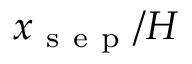
x _ { \mathrm { ~ s ~ e ~ p ~ } } / H